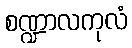
စဏ္ဍာလကုလံ